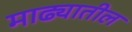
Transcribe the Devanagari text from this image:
माढ्यातील